Vaccination in the Punjab 1883-1896 - 1883-1896
Year: 1883
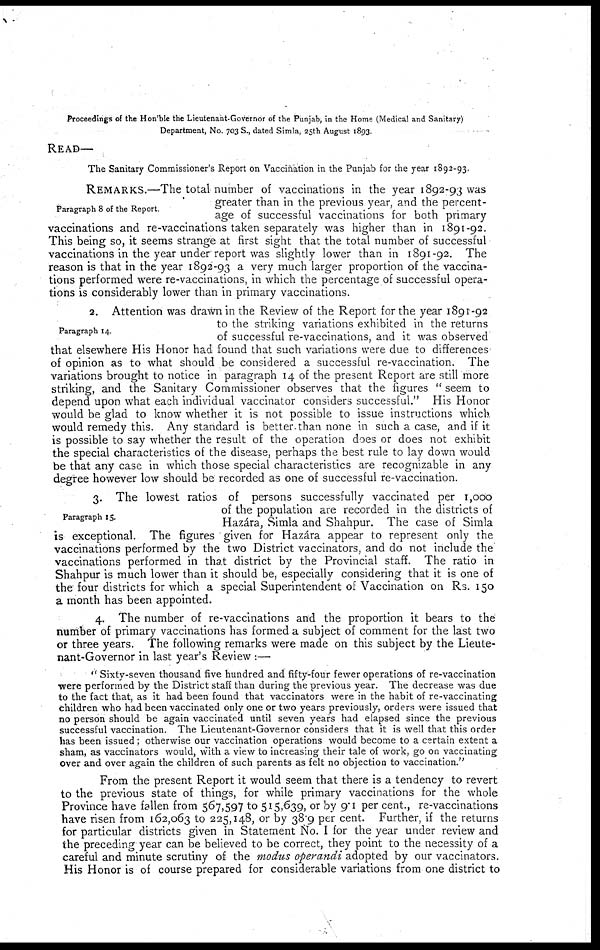
Proceedings of the Hon'ble the Lieutenant-Governor of the Punjab, in the Home (Medical and Sanitary)
Department, No. 703 S., dated Simla, 25th August 1893.
READ—
The Sanitary Commissioner's Report on Vaccination in the Punjab for the year 1892-93.
Paragraph 8 of the Report.
REMARKS.—The total number of vaccinations in the year 1892-93 was
greater than in the previous year, and the percent-
age of successful vaccinations for both primary
vaccinations and re-vaccinations taken separately was higher than in 1891-92.
This being so, it seems strange at first sight that the total number of successful
vaccinations in the year under report was slightly lower than in 1891-92. The
reason is that in the year 1892-93 a very much larger proportion of the vaccina-
tions performed were re-vaccinations, in which the percentage of successful opera-
tions is considerably lower than in primary vaccinations.
Paragraph 14.
2. Attention was drawn in the Review of the Report for the year 1891-92
to the striking variations exhibited in the returns
of successful re-vaccinations, and it was observed
that elsewhere His Honor had found that such variations were due to differences
of opinion as to what should be considered a successful re-vaccination. The
variations brought to notice in paragraph 14 of the present Report are still more
striking, and the Sanitary Commissioner observes that the figures " seem to
depend upon what each individual vaccinator considers successful." His Honor
would be glad to know whether it is not possible to issue instructions which
would remedy this. Any standard is better than none in such a case, and if it
is possible to say whether the result of the operation does or does not exhibit
the special characteristics of the disease, perhaps the best rule to lay down would
be that any case in which those special characteristics are recognizable in any
degree however low should be recorded as one of successful re-vaccination.
Paragraph 15.
3. The lowest ratios of persons successfully vaccinated per 1,000
of the population are recorded in the districts of
Hazára, Simla and Shahpur. The case of Simla
is exceptional. The figures given for Hazára appear to represent only the
vaccinations performed by the two District vaccinators, and do not include the
vaccinations performed in that district by the Provincial staff. The ratio in
Shahpur is much lower than it should be, especially considering that it is one of
the four districts for which a special Superintendent of Vaccination on Rs. 150
a month has been appointed.
4. The number of re-vaccinations and the proportion it bears to the
number of primary vaccinations has formed a subject of comment for the last two
or three years. The following remarks were made on this subject by the Lieute-
nant-Governor in last year's Review :—
" Sixty-seven thousand five hundred and fifty-four fewer operations of re-vaccination
were performed by the District staff than during the previous year. The decrease was due
to the fact that, as it had been found that vaccinators were in the habit of re-vaccinating
children who had been vaccinated only one or two years previously, orders were issued that
no person should be again vaccinated until seven years had elapsed since the previous
successful vaccination. The Lieutenant-Governor considers that it is well that this order
has been issued; otherwise our vaccination operations would become to a certain extent a
sham, as vaccinators would, with a view to increasing their tale of work, go on vaccinating
over and over again the children of such parents as felt no objection to vaccination."
From the present Report it would seem that there is a tendency to revert
to the previous state of things, for while primary vaccinations for the whole
Province have fallen from 567,597 to 515,639, or by 9.1 per cent., re-vaccinations
have risen from 162,063 to 225,148, or by 38.9 per cent. Further, if the returns
for particular districts given in Statement No. I for the year under review and
the preceding year can be believed to be correct, they point to the necessity of a
careful and minute scrutiny of the modus operandi adopted by our vaccinators.
His Honor is of course prepared for considerable variations from one district to